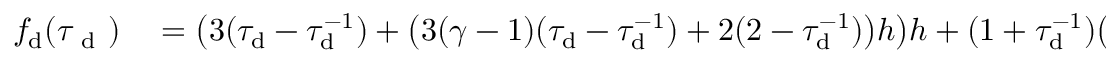
\begin{array} { r l } { f _ { \mathrm { d } } ( \tau _ { \mathrm { ~ d ~ } } ) } & { { } = \big ( 3 ( \tau _ { \mathrm { d } } - \tau _ { \mathrm { d } } ^ { - 1 } ) + \big ( 3 ( \gamma - 1 ) ( \tau _ { \mathrm { d } } - \tau _ { \mathrm { d } } ^ { - 1 } ) + 2 ( 2 - \tau _ { \mathrm { d } } ^ { - 1 } ) \big ) h \big ) h + ( 1 + \tau _ { \mathrm { d } } ^ { - 1 } ) \big ( \tau _ { \mathrm { d } } ^ { 2 } ( \tau _ { \mathrm { d } } ^ { 2 } - 1 ) ( h ^ { \prime } ) ^ { 2 } - 2 h \big ) } \end{array}